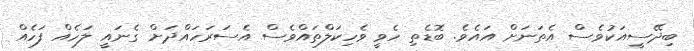
ބިދޭސީއަކުވެސް އެތަނަށް އައެވެ. ބޮޑެތި ހެވީ ވެހިކަލްތައްވެސް އެސަރަހައްދަށް ގެނައީ ލަހެއް ފަހެއް